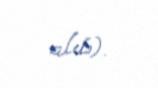
alıb).